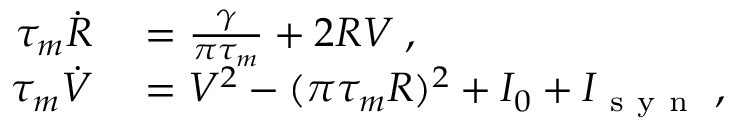
\begin{array} { r l } { \tau _ { m } \dot { R } } & { { } = \frac { \gamma } { \pi \tau _ { m } } + 2 R V \; , } \\ { \tau _ { m } \dot { V } } & { { } = V ^ { 2 } - ( \pi \tau _ { m } R ) ^ { 2 } + I _ { 0 } + I _ { \mathrm { ~ s ~ y ~ n ~ } } \; , } \end{array}